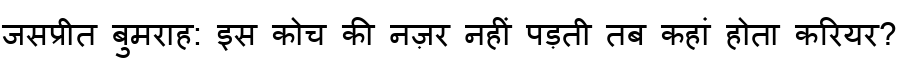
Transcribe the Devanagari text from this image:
जसप्रीत बुमराह: इस कोच की नज़र नहीं पड़ती तब कहां होता करियर?